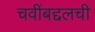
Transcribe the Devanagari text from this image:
चवींबद्दलची